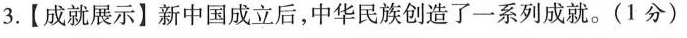
3.【成就展示】新中国成立后，中华民族创造了一系列成就。(1分)